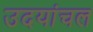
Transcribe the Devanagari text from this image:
उदयांचल